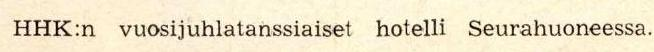
HHK:n vuosijuhlatanssiaiset hotelli Seurahuoneessa.